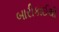
બારીકાઈથી